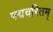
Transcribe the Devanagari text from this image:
पद्मचरितम्